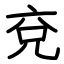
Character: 兗